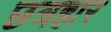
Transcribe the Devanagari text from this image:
छत्रहार